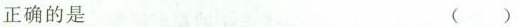
正确的是 ()